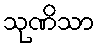
သုဏိသာ